kultuurilooline_kollektsioon, lk 18
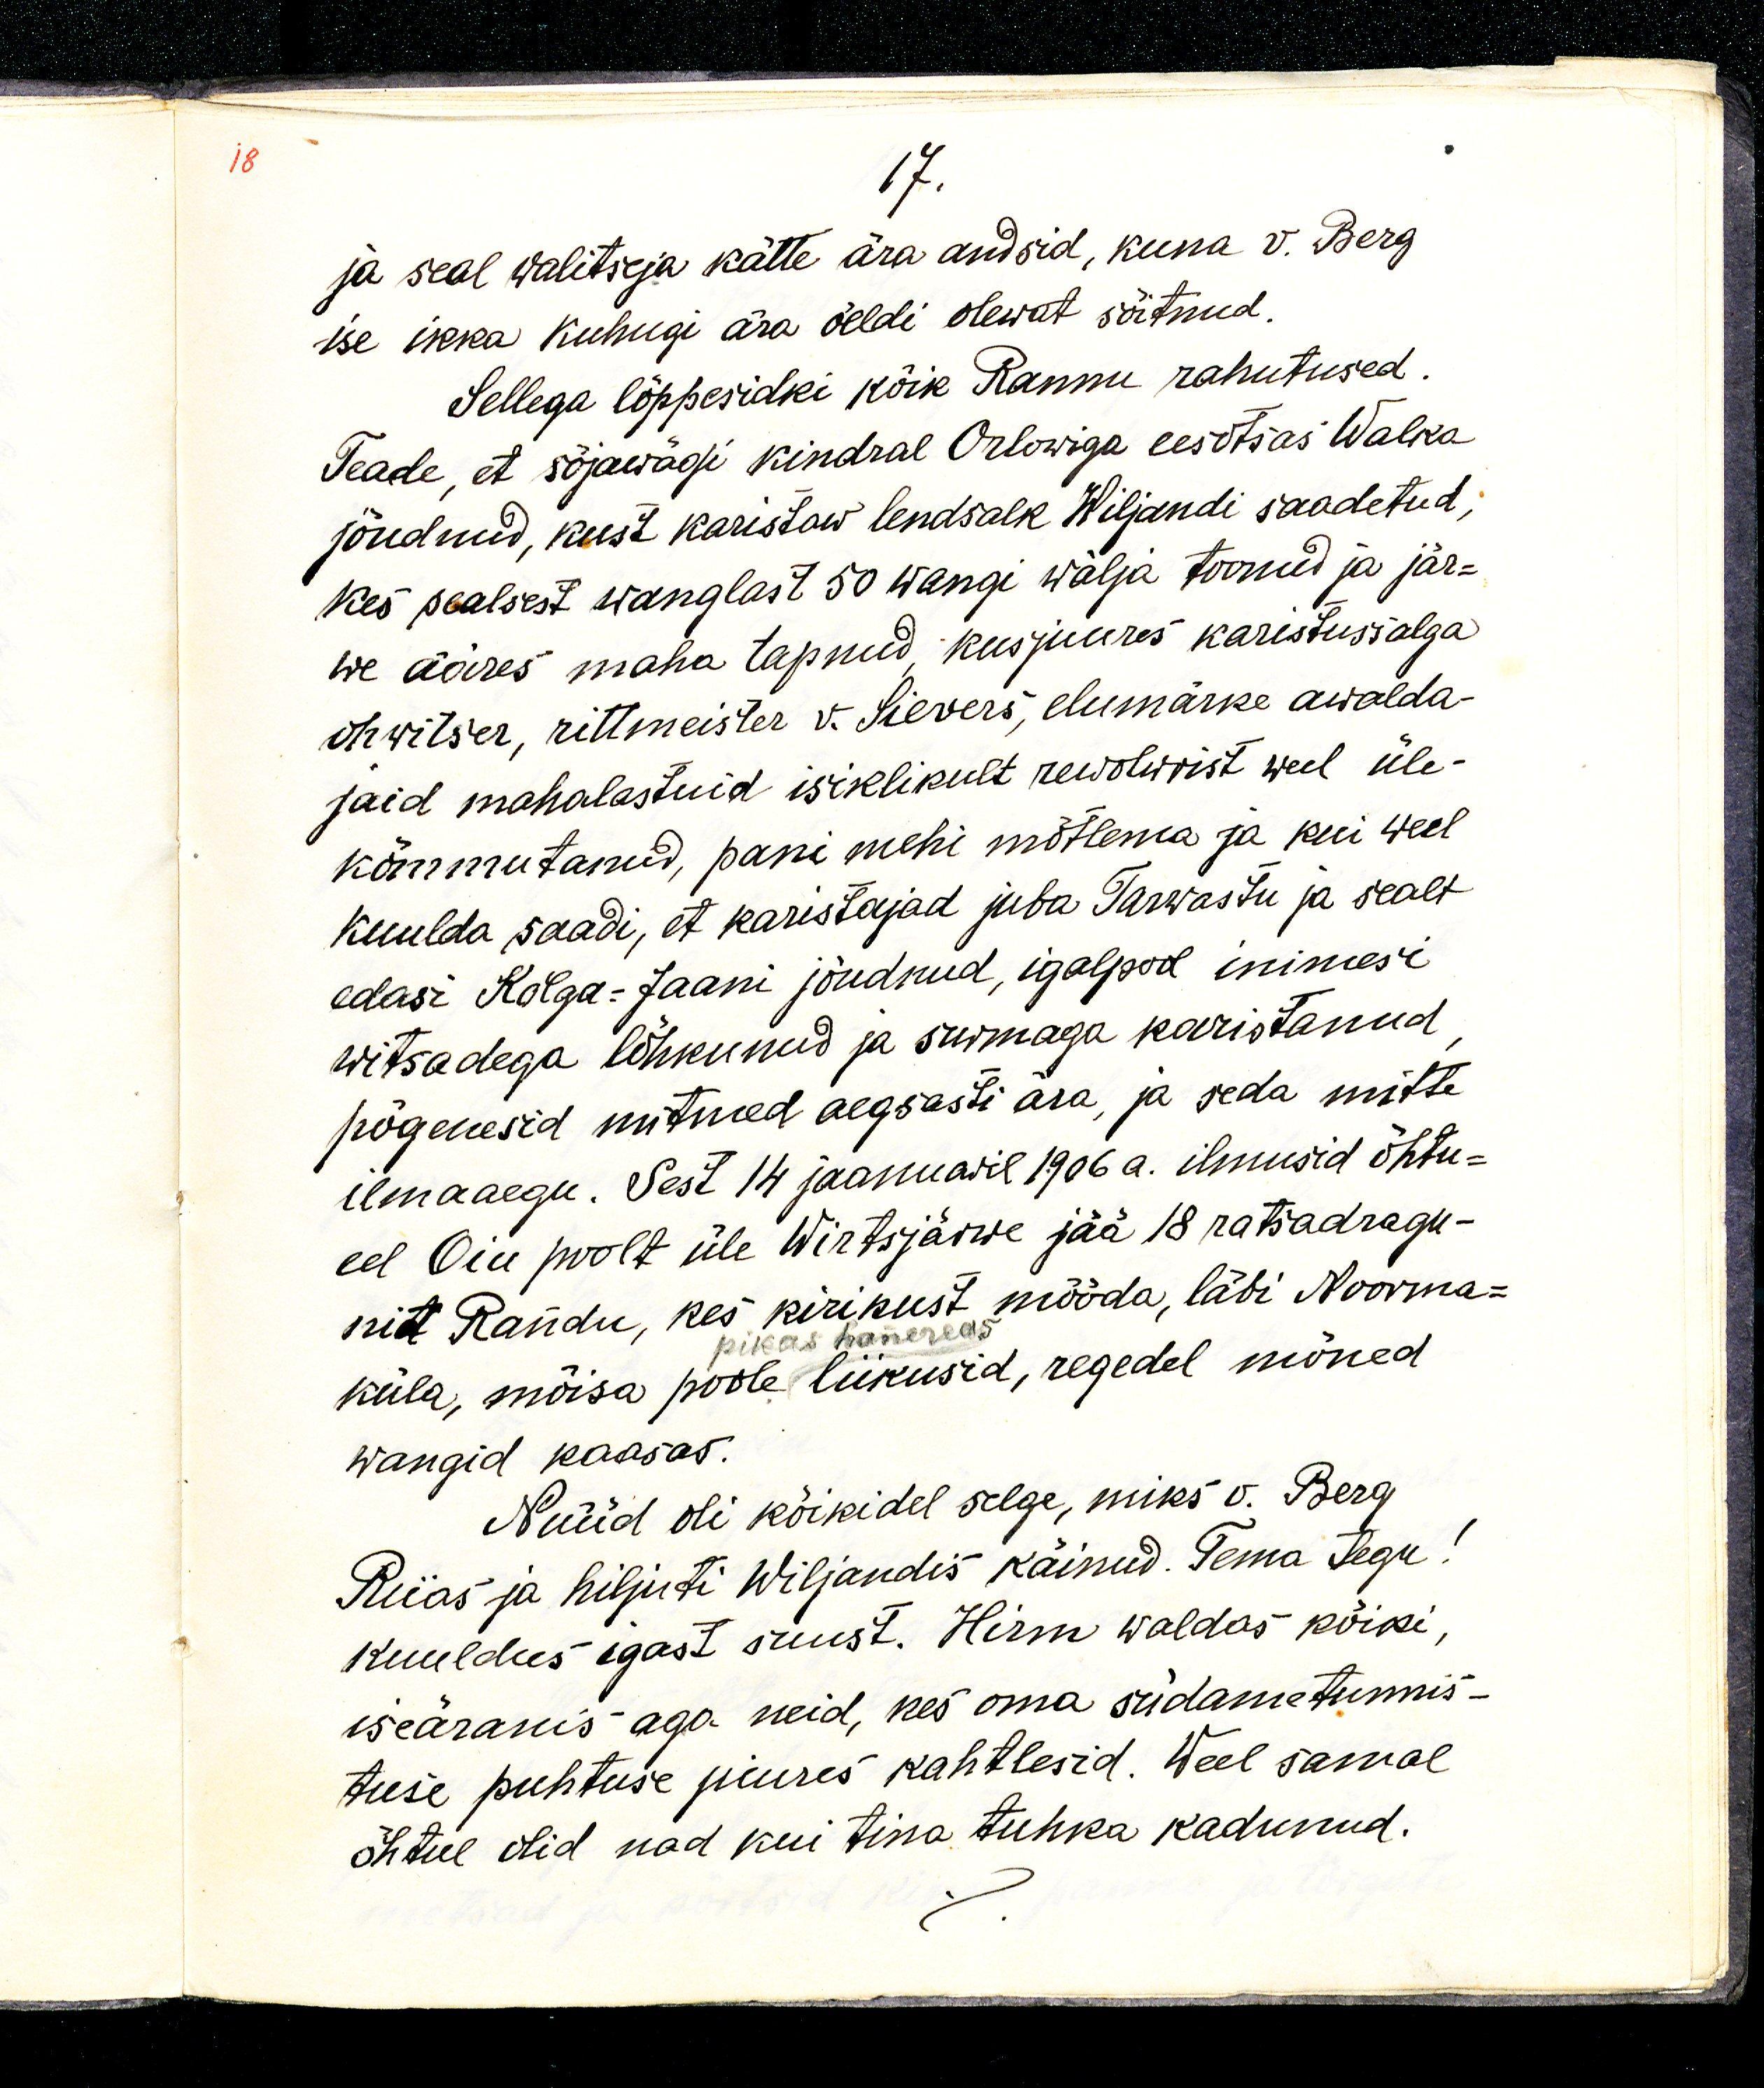
18

17.
ja seal walitseja kätte ära andsid, kuna v. Berg
ise ikka kuhugi ära öeldi olewat sõitnud.
Sellega lõppesidki kõik Rannu rahutused.
Teade, et sõjawägi kindral Orlowiga eesotsas Walka
jõudnud, kust karistaw lendsalk Wiljandi saadetud,
kes sealsest wanglast 50 wangi wälja toonud ja jär-
we ääres maha tapnud, kusjuures karistussalga
ohwitser, rittmeister v. Sievers, elumärke awalda-
jaid mahalastuid isiklikult rewolwrist weel üle-
kõmmutanud, pani mehi mõtlema ja kui weel
kuulda saadi, et karistajad juba Tarwastu ja sealt
edasi Kolga-Jaani jõudnud, igalpool inimesi
witsadega lõhkunud ja surmaga karistanud,
põgenesid mitmed aegsasti ära, ja seda mitte
ilmaaegu. Sest 14 jaanuaril 1906 a. ilmusid õhtu-
eel Oiu poolt üle Wirtsjärwe jää 18 ratsadragu-
nit Randu, kes kirikust mööda, läbi Noorma-
pikas hanereas
küla, mõisa poole liikusid, regedel mõned
wangid kaasas.
Nüüd oli kõikidel selge, miks v. Berg
Riias ja hiljuti Wiljandis käinud. Tema tegu!
kuuldus igast suust. Hirm waldas kõiki,
iseäranis aga neid, kes oma südametunnis-
tuse puhtuse juures kahtlesid. Weel samal
õhtul olid nad tina tuhka kadunud.